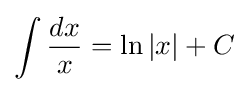
\int {\frac {dx}{x}}=\ln |x|+C